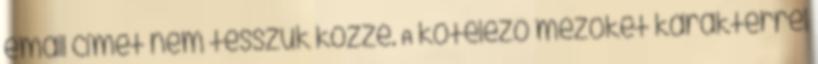
email címet nem tesszük közzé. A kötelező mezőket karakterrel